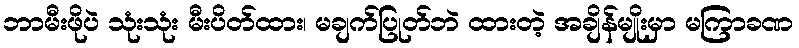
ဘာမီးဖိုပဲ သုံးသုံး မီးပိတ်ထား၊ မချက်ပြုတ်ဘဲ ထားတဲ့ အချိန်မျိုးမှာ မကြာခဏ